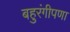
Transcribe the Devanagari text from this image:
बहुरंगीपणा